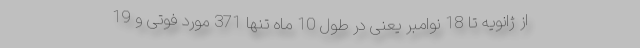
از ژانویه تا 18 نوامبر یعنی در طول 10 ماه تنها 371 مورد فوتی و 19